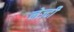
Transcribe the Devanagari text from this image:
नेज्दी